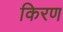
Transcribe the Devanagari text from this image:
किरण